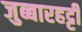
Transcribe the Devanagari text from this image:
जुब्‍बारहट्टी